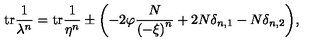
\mathrm { t r } \frac { 1 } { \lambda ^ { n } } = \mathrm { t r } \frac { 1 } { \eta ^ { n } } \pm \biggl ( - 2 \varphi \frac { N } { \left( - \xi \right) ^ { n } } + 2 N \delta _ { n , 1 } - N \delta _ { n , 2 } \biggl ) ,